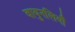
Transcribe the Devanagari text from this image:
वायुनलियाँ